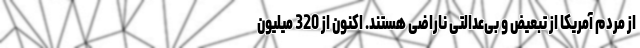
از مردم آمریکا از تبعیض و بی‌عدالتی ناراضی هستند. اکنون از 320 میلیون